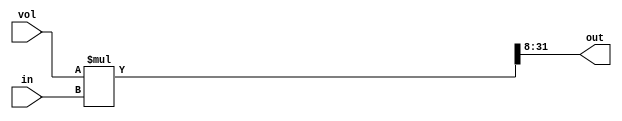
module vol
(
	in,
	vol,
	out
);


input		[23:0]	in;
output	[23:0]	out;
input		[7:0]		vol;

wire [23+8:0] tmp;
assign tmp = vol * in;
assign out = tmp[23+8:8];

endmodule